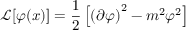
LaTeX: { \mathcal { L } } [ \varphi ( x ) ] = { \frac { 1 } { 2 } } \left[ \left( \partial \varphi \right) ^ { 2 } - m ^ { 2 } \varphi ^ { 2 } \right]